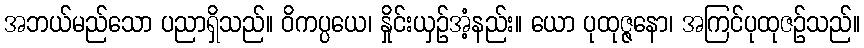
အဘယ်မည်သော ပညာရှိသည်။ ဝိကပ္ပယေ၊ နှိုင်းယှဉ်အံ့နည်း။ ယော ပုထုဇ္ဇနော၊ အကြင်ပုထုဇဉ်သည်။